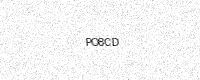
Text: PO8CD